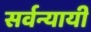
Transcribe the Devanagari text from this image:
सर्वन्यायी